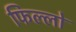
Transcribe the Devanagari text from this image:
फिल्लो